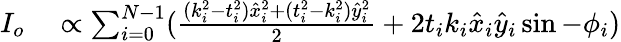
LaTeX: \begin{array}{rl}{I_{o}}&{{}\propto\sum_{i=0}^{N-1}(\frac{(k_{i}^{2}-t_{i}^{2})\hat{x}_{i}^{2}+(t_{i}^{2}-k_{i}^{2})\hat{y}_{i}^{2}}{2}+2t_{i}k_{i}\hat{x}_{i}\hat{y}_{i}\sin-\phi_{i})}\end{array}